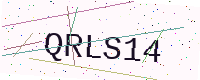
Text: QRLS14